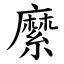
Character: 縻